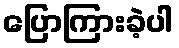
ပြောကြားခဲ့ပါ